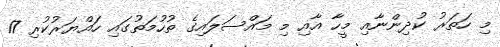
މި ހަތަރު ކުދިންނާއި މީހާ އާއި މި މައްސަލައިގެ ތުހުމަތުގައި ހައްޔަރުކުރި 17